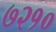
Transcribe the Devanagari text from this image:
७२१०